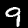
Label: 9